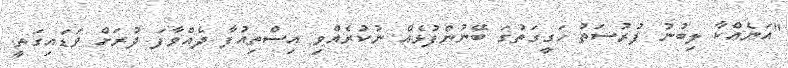
"އަނެއްކާ ލިބުނު ފުރުސަތު ހަގީގަތުގަ ބޭނުންފުޅެއް ނުކުރެއްވި އިސްތިއުފާ ދެއްވާފަ ދުރަށް ވަޑައިގަތީ.